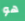
هو